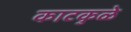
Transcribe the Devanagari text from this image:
काटकुळे